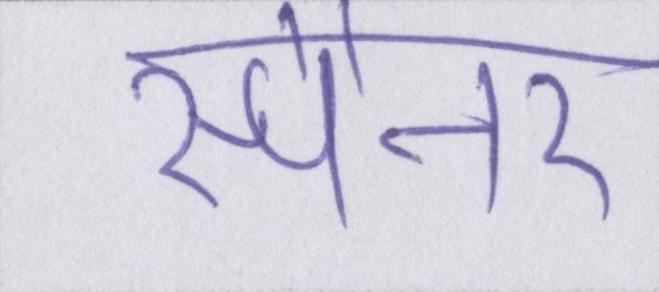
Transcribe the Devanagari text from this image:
स्पैनर